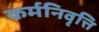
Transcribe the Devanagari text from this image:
कर्मनिवृत्ति